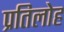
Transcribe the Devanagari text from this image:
प्रतिलोह